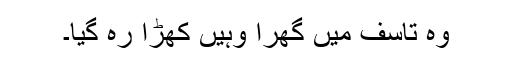
وہ تاسف میں گھرا وہیں کھڑا رہ گیا۔